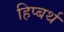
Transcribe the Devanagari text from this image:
हिप्बर्थ